Newspaper: Daily tobacco leaf-chronicle.
Place of publication: Clarksville, Tenn.
Publisher: Brandon & Barksdale
Date: 1890-07-31 00:00:00
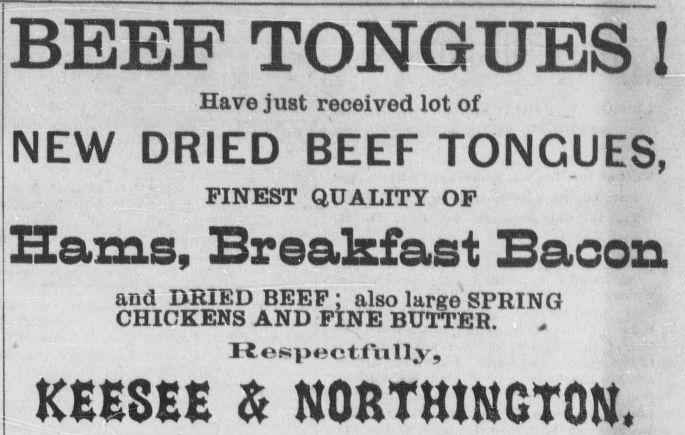
Advertisement text (OCR):
BEEF TONGUES I Have just received lot of NEW DRIED BEEF TONGUES, FINEST QUALITY OP Hams, Breakfast Bacon and DRIED BEEP; also large SPRING CHICKENS AND FINE BUTTER. Jlespectf "iilly, KEESEE & NORTHtNGTON.
Label: text-only